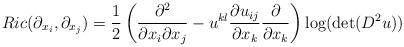
LaTeX: \begin{align*}Ric(\partial_{x_{i}},\partial_{x_{j}}) = \frac{1}{2}\left( \frac{\partial^{2}}{\partial x_{i} \partial x_{j}} -u^{kl}\frac{\partial u_{ij}}{\partial x_{k}}\frac{\partial}{\partial x_{k}}\right)\log( \det (D^{2} u))\end{align*}